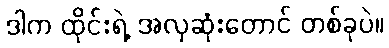
ဒါက ထိုင်းရဲ့ အလှဆုံးတောင် တစ်ခုပဲ။